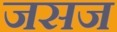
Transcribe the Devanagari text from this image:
जसज